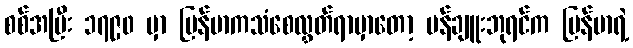
စစ်အပြီး ၁၇၉၀ မှာ မြန်မာကသံစေလွှတ်ရာမှာတော့ မန်ချူးဘုရင်က မြန်မာရဲ့